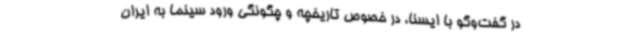
در گفت‌وگو با ایسنا، در خصوص تاریخچه و چگونگی ورود سینما به ایران